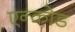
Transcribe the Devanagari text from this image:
एन्कोड